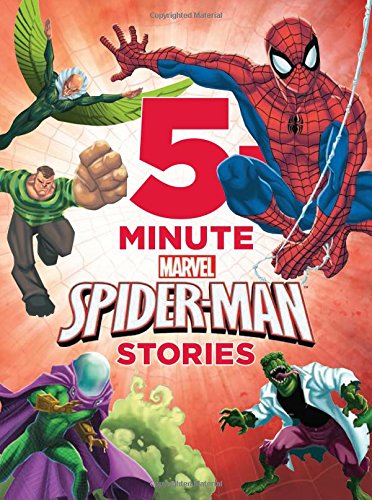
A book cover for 5-Minute Spider-Man Stories (5-Minute Stories); Disney Book Group; Comics & Graphic Novels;